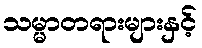
သမ္မာတရားများနှင့်